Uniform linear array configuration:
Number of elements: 4
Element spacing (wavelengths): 0.5
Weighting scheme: exponential
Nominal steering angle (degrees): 30
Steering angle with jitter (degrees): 28.786
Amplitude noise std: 0.05
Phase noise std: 0.05

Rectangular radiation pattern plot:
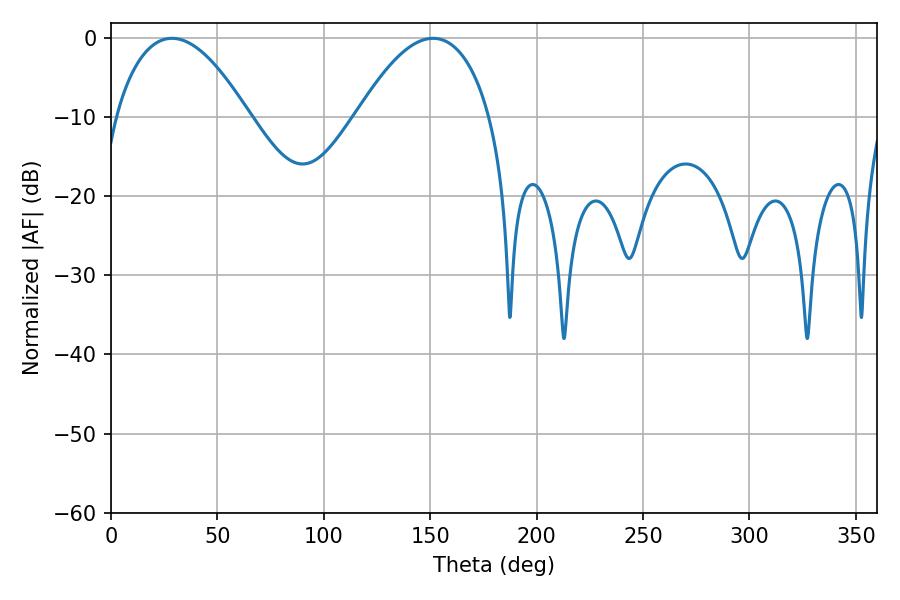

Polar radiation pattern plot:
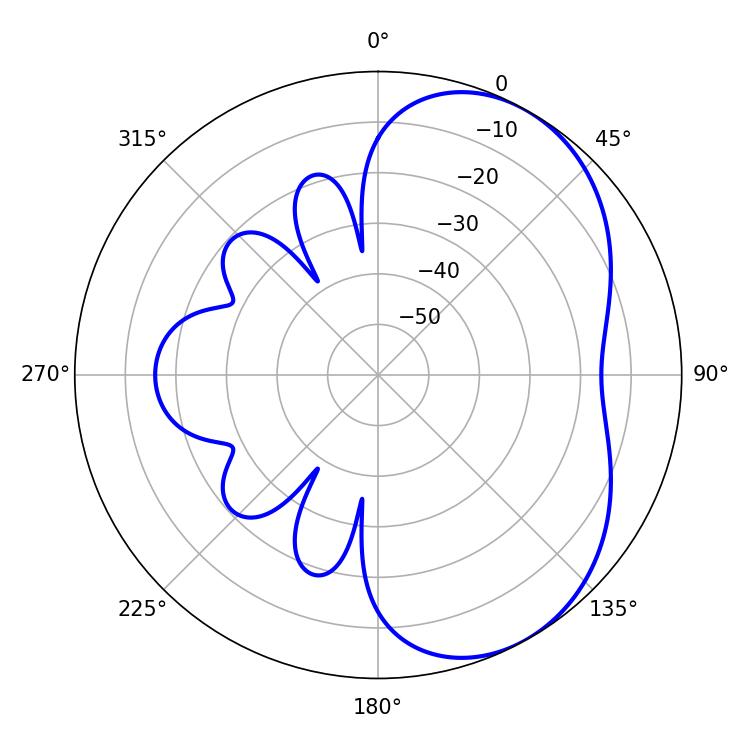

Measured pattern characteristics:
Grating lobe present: FALSE
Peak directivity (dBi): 4.813
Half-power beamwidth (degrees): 34.56
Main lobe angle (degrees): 28.62